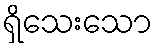
ရှိသေးသော